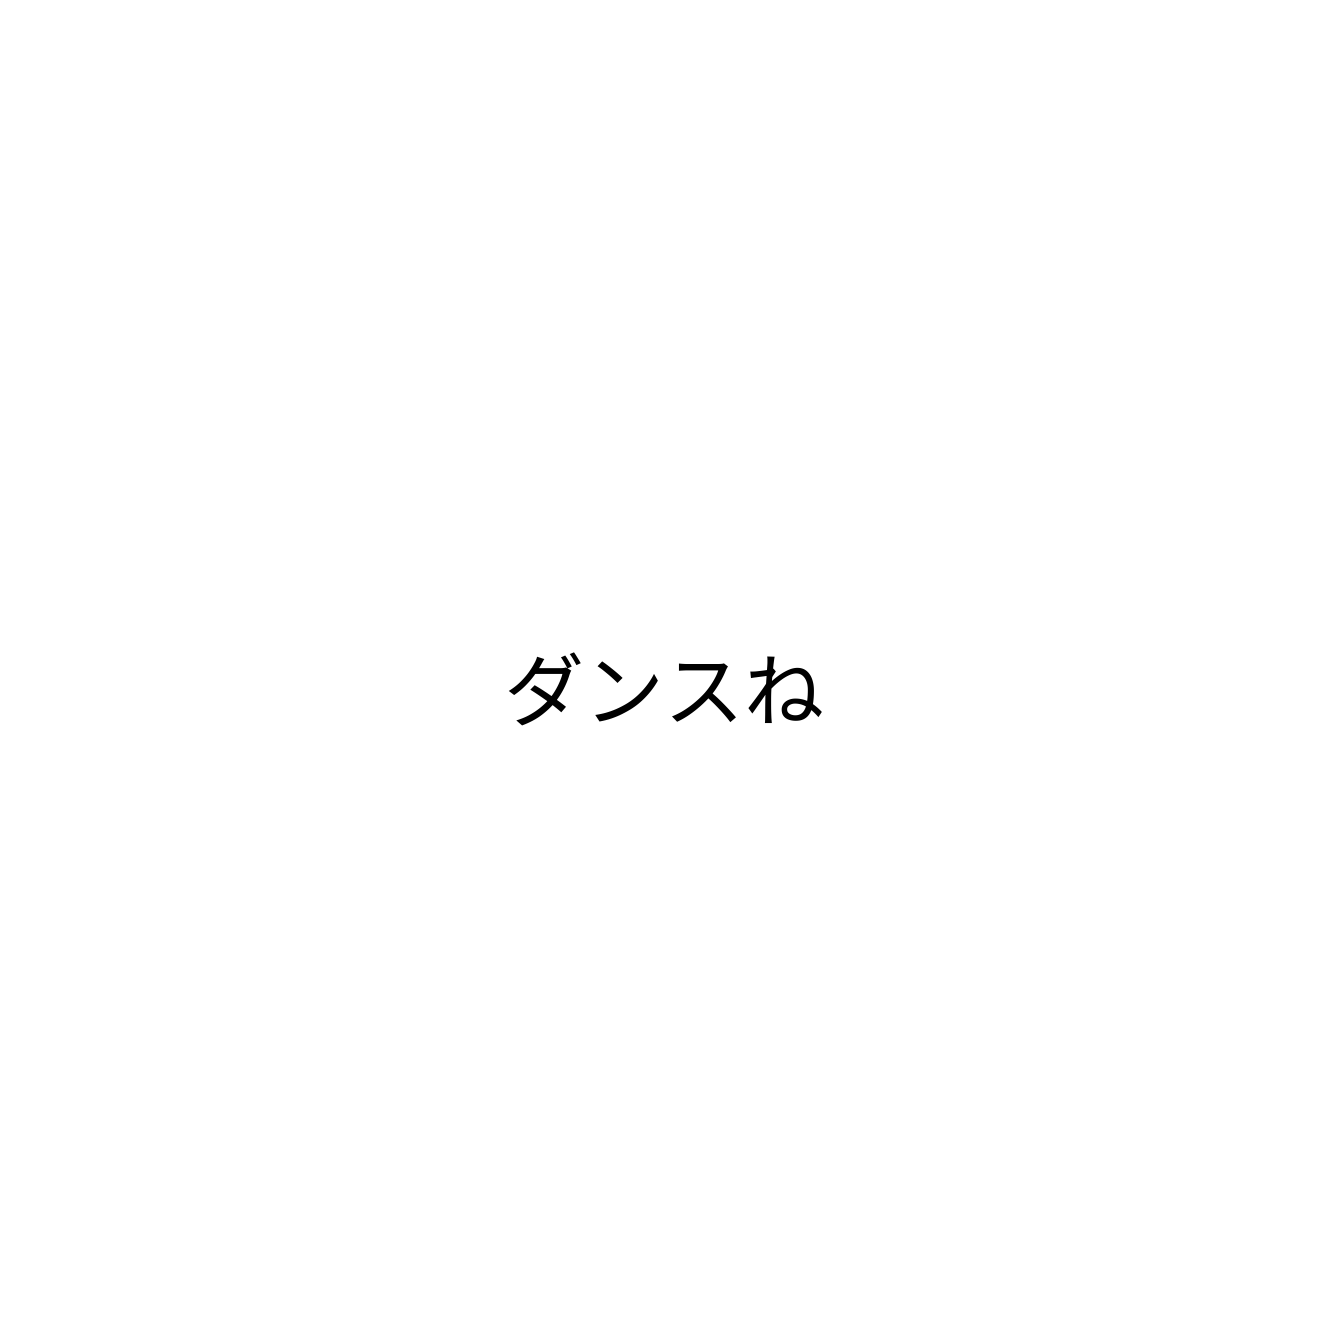
ダンスね